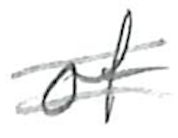
Text: of
Cross-out: double-line
Writing tool: pencil